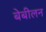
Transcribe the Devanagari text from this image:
बेबीलन